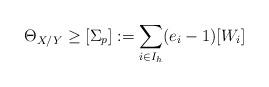
LaTeX: \begin{align*}\Theta_{X/Y}\geq [\Sigma_p]:= \sum_{i\in I_h}(e_i-1)[W_i]\end{align*}